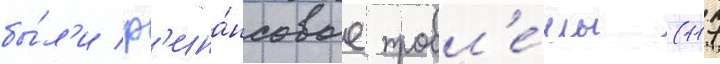
бы́л'и ф'ина́нсовые пробл'е́мы (117